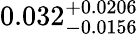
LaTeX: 0.032_{-0.0156}^{+0.0206}